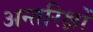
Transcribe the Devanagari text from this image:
अन्तरिक्षों